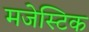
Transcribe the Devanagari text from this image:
मजेस्टिक